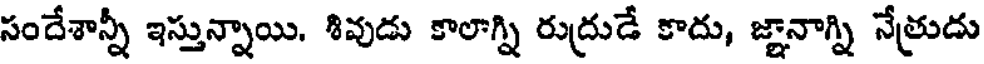
సందేశాన్నీ ఇస్తున్నాయి. శివుడు కాలాగ్ని రుద్రుడే కాదు, జ్ఞానాగ్ని నేత్రుదు